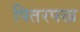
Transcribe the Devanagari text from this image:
पितरपख